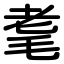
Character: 耄